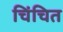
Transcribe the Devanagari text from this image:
चिंचित